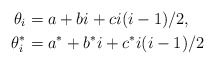
\begin{align*} \theta_i & = a + bi + ci(i-1)/2, \\\theta^*_i & = a^* + b^*i + c^*i(i-1)/2 \end{align*}